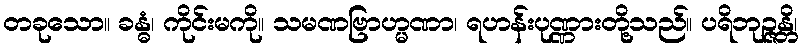
တခုသော။ ခန္ဓံ၊ ကိုင်းမကို။ သမဏဗြာဟ္မဏာ၊ ရဟန်းပုဏ္ဏားတို့သည်။ ပရိဘုဉ္ဇန္တိ၊